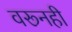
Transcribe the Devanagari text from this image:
वरूनही